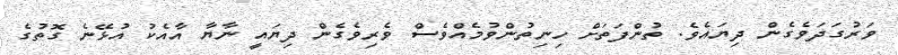
ވަރުގަދަވެގެން ދިޔައެވެ. ތުންފަތަށް ހިނިތުންވުމެއްވެސް ވެރިވެގެން ދިޔައީ ނާޔާ އާއެކު އުޅޭނެ ގޮތުގެ